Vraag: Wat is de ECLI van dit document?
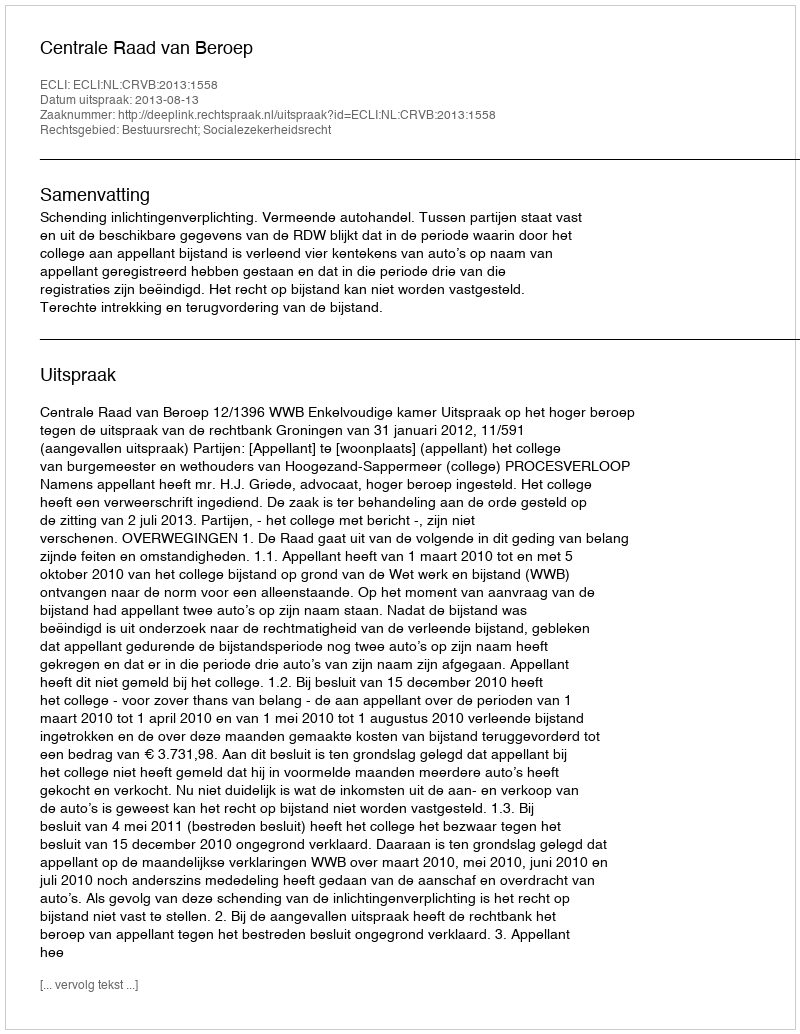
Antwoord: ECLI:NL:CRVB:2013:1558